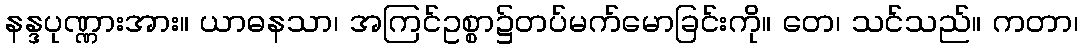
နန္ဒပုဏ္ဏားအား။ ယာဓနသာ၊ အကြင်ဥစ္စာ၌တပ်မက်မောခြင်းကို။ တေ၊ သင်သည်။ ကတာ၊